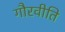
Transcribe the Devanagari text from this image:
गौरवीति